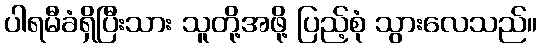
ပါရမီခံရှိပြီးသား သူတို့အဖို့ ပြည့်စုံ သွားလေသည်။